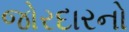
જોરદારનો